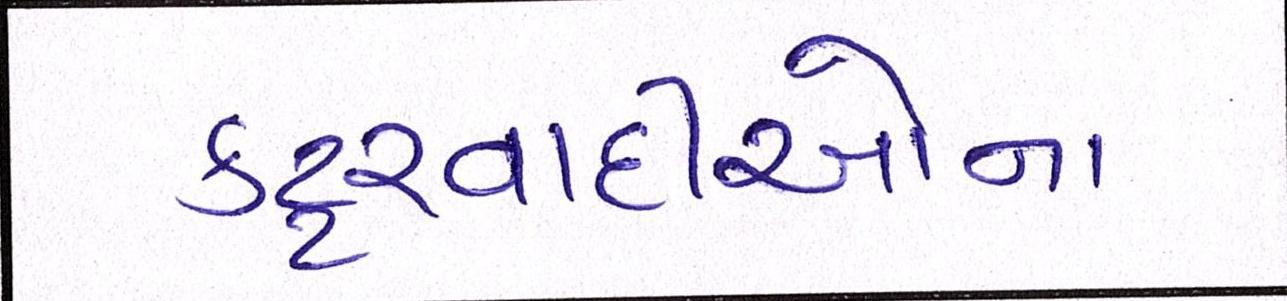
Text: કટ્ટરવાદીઓના